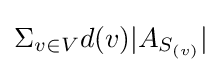
\Sigma _{v\in V}d(v)|A_{S_{(v)}}|